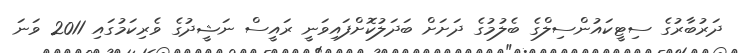
ދަރުބާރުގެ ސިޓީކައުންސިލްގެ ބެލުމުގެ ދަށަށް ބަދަލުކޮށްފައިވަނީ ރައީސް ނަޝީދުގެ ވެރިކަމުގައި 2011 ވަނަ